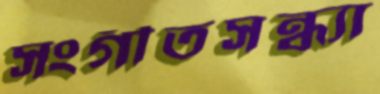
সংগীতসন্ধ্যা